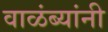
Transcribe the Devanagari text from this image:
वाळंब्यांनी